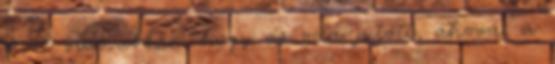
része van abban, hogy az oda jutott, ahova, a